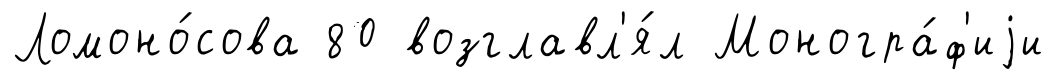
Ломоно́сова 80 возглавл'я́л Моногра́ф'иjи